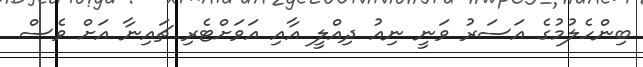
ބިންހެލުމުގެ އަސަރު ވަނީ ނިއު ދިއްލީ އާއި އަވަށްޓެރި ޗައިނާ އަށް ވެސް